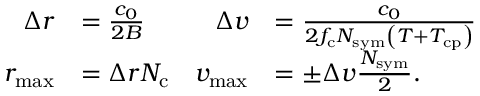
\begin{array} { r l r l } { \Delta r } & { = \frac { c _ { 0 } } { 2 B } } & { \Delta v } & { = \frac { c _ { 0 } } { 2 f _ { \mathrm { c } } N _ { \mathrm { s y m } } \left( T + T _ { \mathrm { c p } } \right) } } \\ { r _ { \mathrm { m a x } } } & { = \Delta r N _ { \mathrm { c } } } & { v _ { \mathrm { m a x } } } & { = \pm \Delta v \frac { N _ { \mathrm { s y m } } } { 2 } . } \end{array}